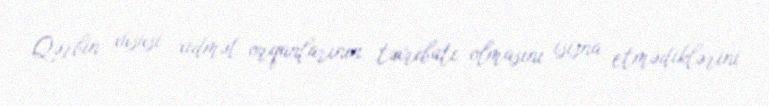
Qərbin xüsusi xidmət orqanlarının təxribatı olmasını isisna etmədiklərini